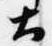
土